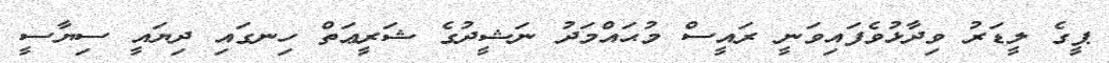
ޕީގެ ލީޑަރު ވިދާޅުވެފައިވަނީ ރައީސް މުޙައްމަދު ނަޝީދުގެ ޝަރީޢަތް ހިނގައި ދިޔައީ ސިޔާސީ